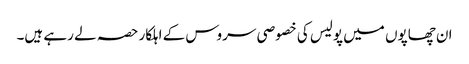
ان چھاپوں میں پولیس کی خصوصی سروس کے اہلکار حصہ لے رہے ہیں۔